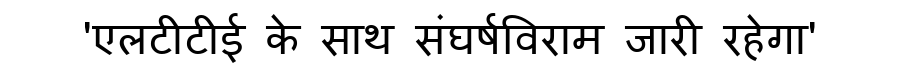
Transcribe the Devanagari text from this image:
'एलटीटीई के साथ संघर्षविराम जारी रहेगा'